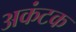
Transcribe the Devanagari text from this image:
अकंटक